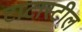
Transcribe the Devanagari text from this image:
टाटास्‍टील